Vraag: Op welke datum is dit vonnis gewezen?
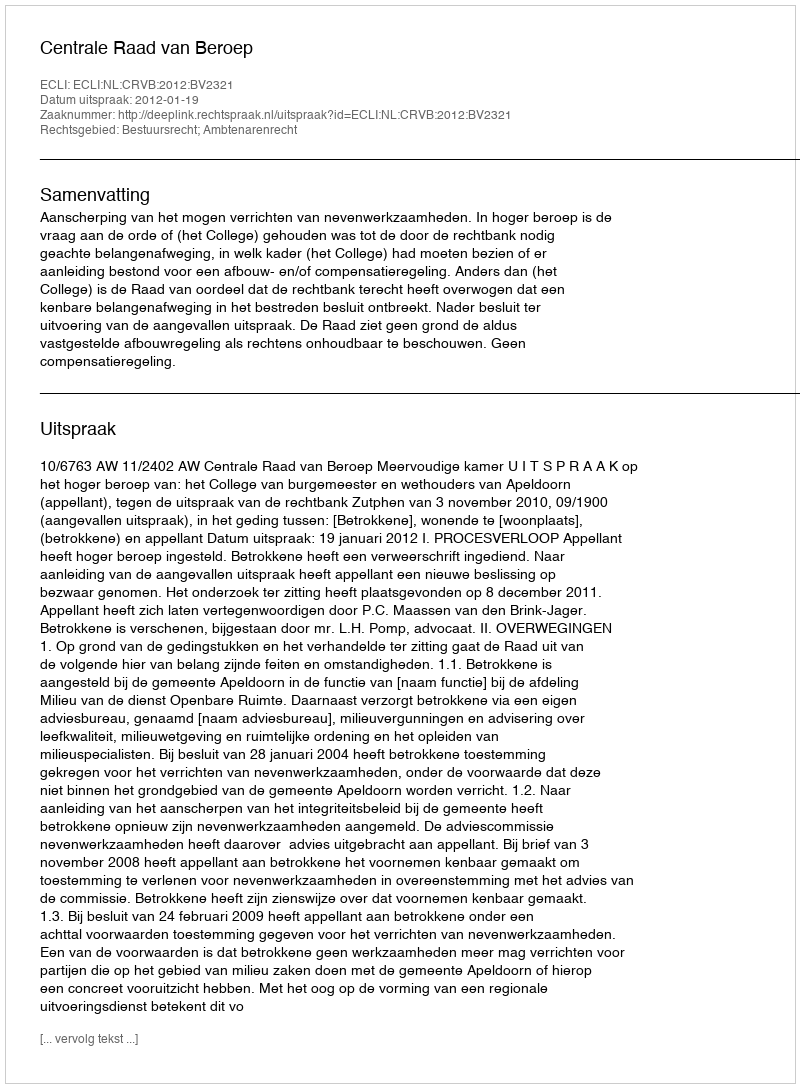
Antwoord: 2012-01-19